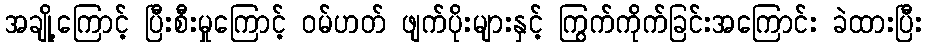
အချို့ကြောင့် ပြီးစီးမှုကြောင့် ဝမ်ဟတ် ဖျက်ပိုးများနှင့် ကြွက်ကိုက်ခြင်းအကြောင်း ခဲထားပြီး